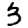
Digit: 3